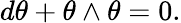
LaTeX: d\theta+\theta\wedge\theta=0.